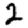
Digit: 2